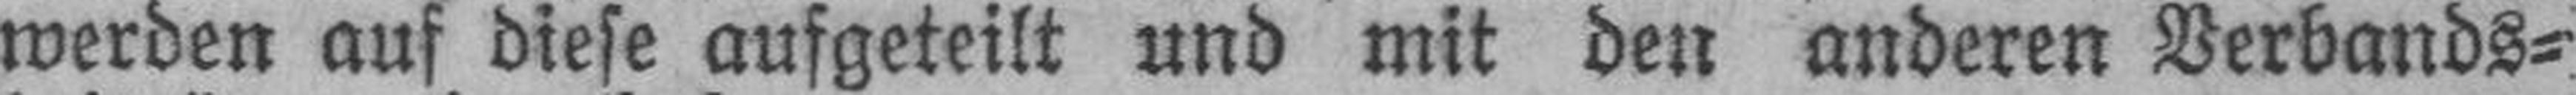
werden auf diese aufgeteilt und mit den anderen Verbands¬